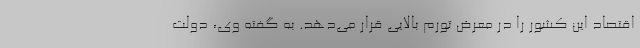
اقتصاد این کشور را در معرض تورم بالایی قرار می‌دهد. به گفته وی، دولت